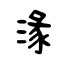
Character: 湪